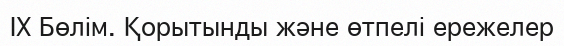
IX Бөлім. Қорытынды және өтпелі ережелер